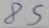
85